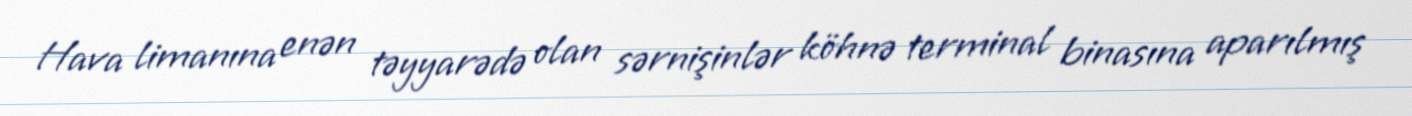
Hava limanına enən təyyarədə olan sərnişinlər köhnə terminal binasına aparılmış